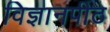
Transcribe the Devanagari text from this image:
विज्ञानपीठ